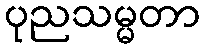
ပုညသမ္မတာ